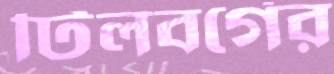
টিলবর্গের